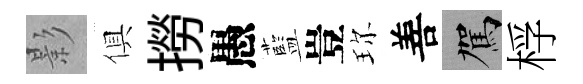
影俱撈愚藍豈珎善駕桴